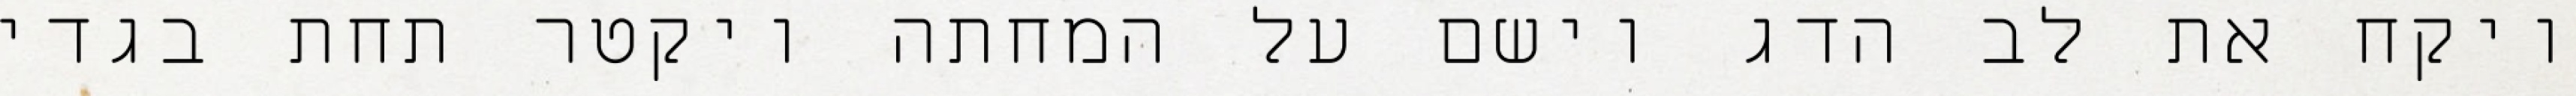
ויקח את לב הדג וישם על המחתה ויקטר תחת בגדי